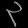
Digit: ၃